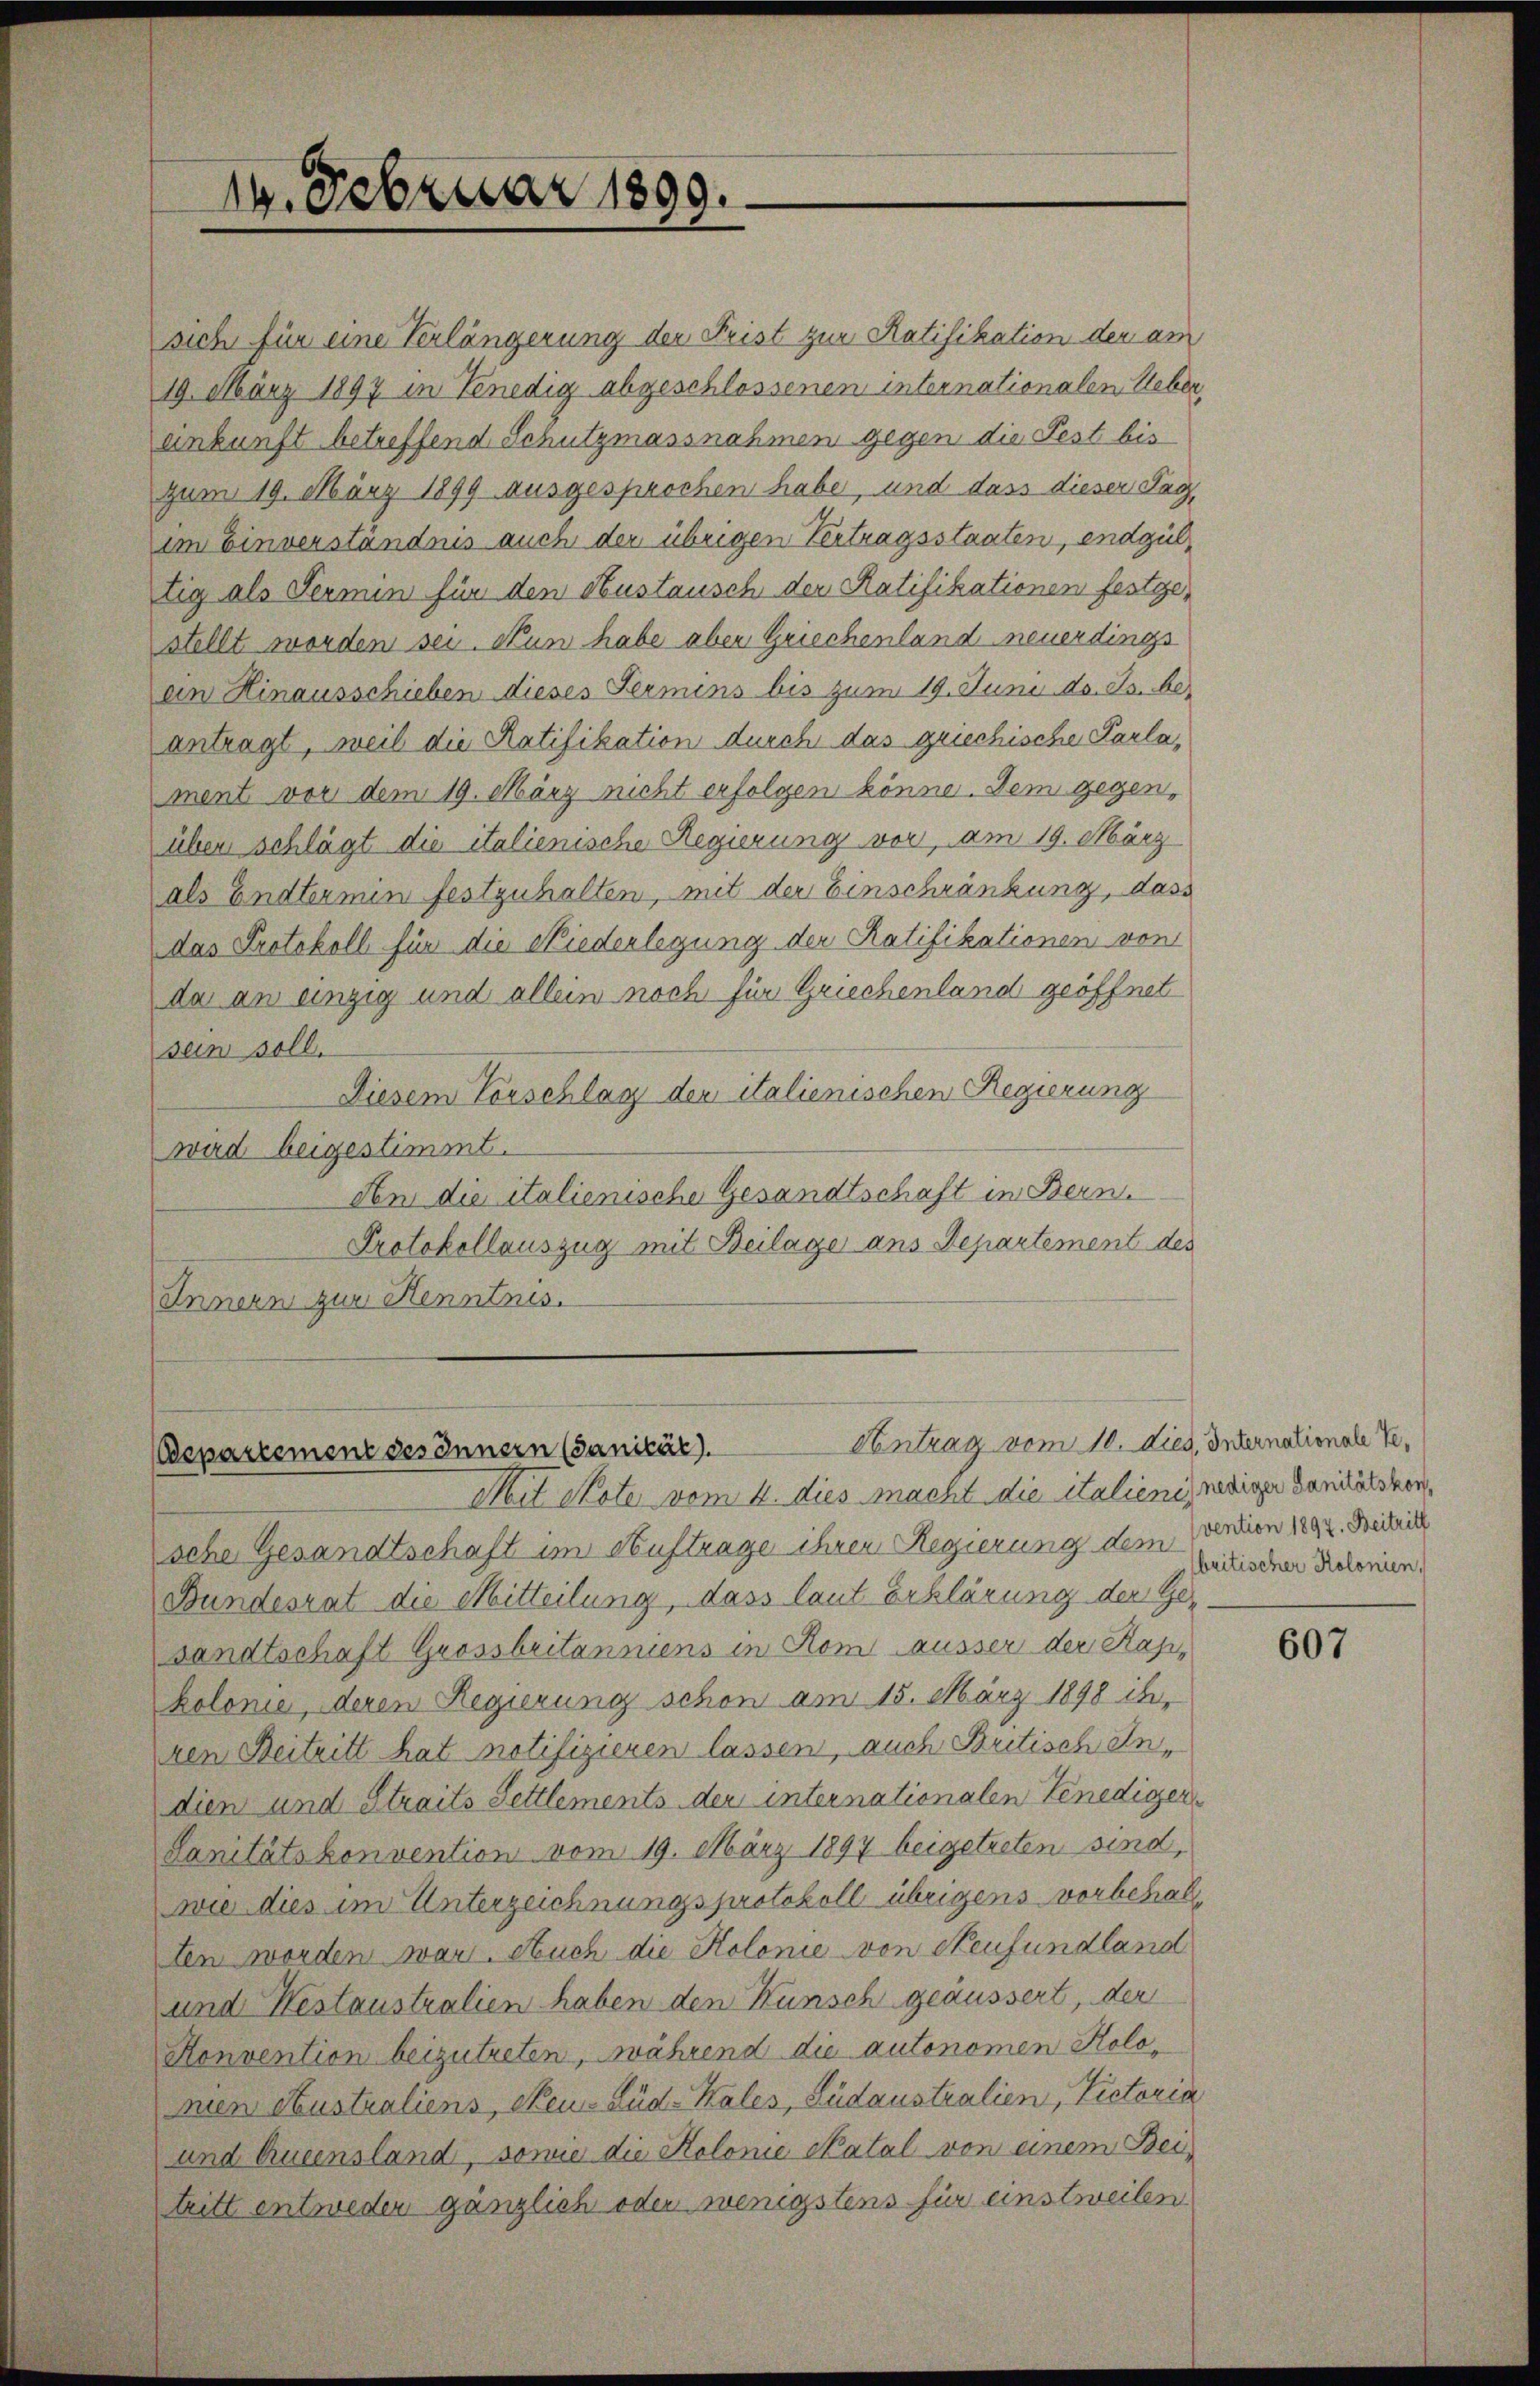
19. Februar 1899.

sich für eine Verlängerung der Frist zur Ratifikation der am
19. März 1897 in Venedig abgeschlossenen internationalen Ueber,
ankunft betreffend Schutzmassnahmen gegen die Fest bis
zum 19. März 1899 ausgesprochen habe, und dass dieser Tagim Einverständnis auch der übrigen Vertragsstaaten, endgültig als Termin für den Austausch der Ratifikationen festgestellt worden sei. Nun habe aber Griechenland neuerdings
ein Hinausschieben dieses Termins bis zum 19. Juni d. Js. beantragt, weil die Ratifikation durch das griechische Parla,
ment vor dem 19. März nicht erfolgen könne. Dem gegen-
über schlägt die italienische Regierung vor, am 19. März
als Endtermin festzuhalten, mit der Einschränkung, dass
das Protokoll für die Niederlegung der Ratifikationen von
da an einzig und allein noch für Griechenland geöffnet
sein soll.
Diesem Vorschlag der italienischen Regierung
wird beigestimmt.
An die italienische Gesandtschaft in Bern.
Protokollauszug mit Beilage ans Departement des
Innern zur Kenntnis.

Antrag vom 10. Died. Internationale Ve
departement des Innern (Sanität).

Mit Note vom 4. dies macht die italienis nediger Sanitätsken,
sche Gesandtschaft im Auftrage ihren Regierung der Ladischen Kolonien,
Bundesrat die Mitteilung, dass laut Erklärung der Gesandtschaft Grossbritanniens in Rom äusser der Kapikolonie, deren Regierung schon am 15. März 1898 ih,
ren Beitritt hat notifizieren lassen, auch Britisch Andien und Straits Settlements der internationalen Venedigen¬
Sanitätskonvention vom 19. März 1897 beigetreten sind,
wie dies im Unterzeichnungsprotokoll übrigens vorbehalten worden war. Auch die Kolonie von Neufundland
und Westaustralien haben den Kunsch geäussert, der
Konvention beizutreten, während die autonomen Kolomien Australiens, Neu-Süd-Kales, Südaustralien, Victoria
und Queensland, sowie die Kolonie Catal von einem Bei-
tritt entweder gänzlich oder wenigstens für einstweilen

vention 1897. Beitritt

607